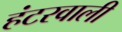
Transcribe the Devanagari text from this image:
हंटरवाली